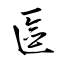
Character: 匳